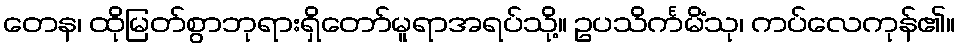
တေန၊ ထိုမြတ်စွာဘုရားရှိတော်မူရာအရပ်သို့။ ဥပသိင်္ကမိံသု၊ ကပ်လေကုန်၏။